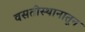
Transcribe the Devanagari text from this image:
वसतीस्थानातून